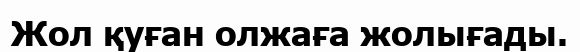
Жол қуған олжаға жолығады.